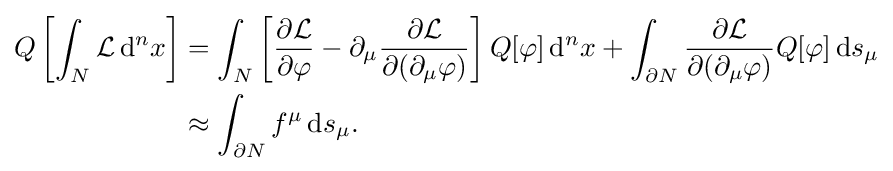
{\begin{aligned}Q\left[\int _{N}{\mathcal {L}}\,\mathrm {d} ^{n}x\right]&=\int _{N}\left[{\frac {\partial {\mathcal {L}}}{\partial \varphi }}-\partial _{\mu }{\frac {\partial {\mathcal {L}}}{\partial (\partial _{\mu }\varphi )}}\right]Q[\varphi ]\,\mathrm {d} ^{n}x+\int _{\partial N}{\frac {\partial {\mathcal {L}}}{\partial (\partial _{\mu }\varphi )}}Q[\varphi ]\,\mathrm {d} s_{\mu }\\&\approx \int _{\partial N}f^{\mu }\,\mathrm {d} s_{\mu }.\end{aligned}}